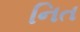
નિત